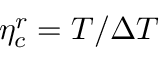
\eta _ { c } ^ { r } = T / \Delta T